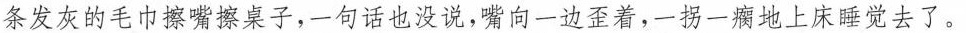
条发灰的毛巾擦嘴擦桌子,一句话也没说,嘴向一边歪着,一拐一瘸地上床睡觉去了。